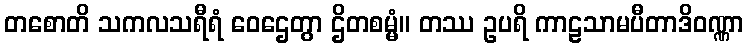
တစောတိ သကလသရီရံ ဝေဌေတွာ ဌိတစမ္မံ။ တဿ ဥပရိ ကာဠသာမပီတာဒိဝဏ္ဏာ